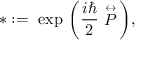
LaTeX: * : = \ \mathrm { e x p } \ \bigg ( \frac { i \hbar } { 2 } \stackrel { \leftrightarrow } { \cal P } \bigg ) ,